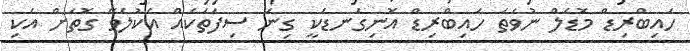
ހައިބްރިޑް މޮޑެލް ނުވަތަ ހައިބްރިޑް އޮނިގަނޑަކީ ގިނަ ސިފަތަކެއް އެކުލެވޭ ގޮތަށް އެކި